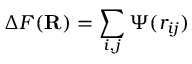
\Delta F ( \mathbf { R } ) = \sum _ { i , j } \Psi ( r _ { i j } )